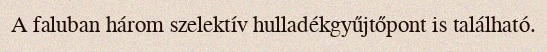
A faluban három szelektív hulladékgyűjtőpont is található.